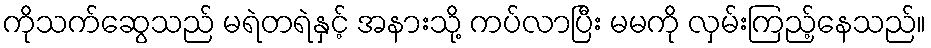
ကိုသက်ဆွေသည် မရဲတရဲနှင့် အနားသို့ ကပ်လာပြီး မမကို လှမ်းကြည့်နေသည်။